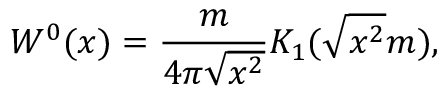
W ^ { 0 } ( x ) = { \frac { m } { 4 \pi \sqrt { x ^ { 2 } } } } K _ { 1 } ( \sqrt { x ^ { 2 } } m ) ,